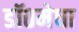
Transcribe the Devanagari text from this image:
डॉ०मेधा